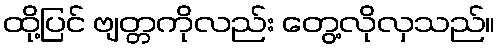
ထို့ပြင် ဗျတ္တကိုလည်း တွေ့လိုလှသည်။